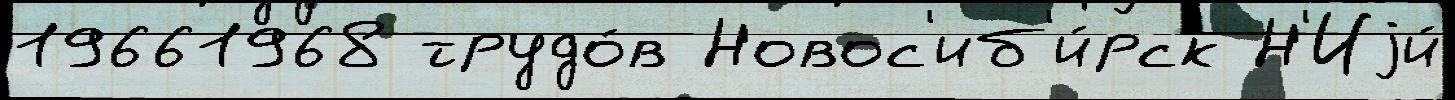
19661968 трудо́в Новос'иб'и́рск Н'Иjи́